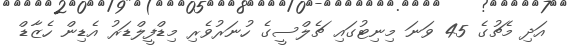
އަދި މެޗުގެ 45 ވަނަ މިނިޓުގައި ޗެލްސީގެ ހުނަރުވެރި މިޑްފީލްޑަރު އެޑިން ހެޒާޑް